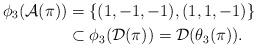
LaTeX: \begin{align*}\phi_{3}(\mathcal{A}(\pi)) & =\{(1,-1,-1),(1,1,-1)\}\\ & \subset\phi_{3}(\mathcal{D}(\pi))=\mathcal{D}(\theta_{3}(\pi)).\end{align*}